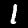
Label: 1